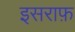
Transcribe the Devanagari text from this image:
इसराफ़